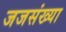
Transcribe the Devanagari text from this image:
जजसंख्या